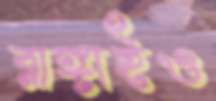
রাঙ্গাইও